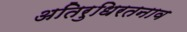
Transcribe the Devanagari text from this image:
अतिरुधिरतनाव